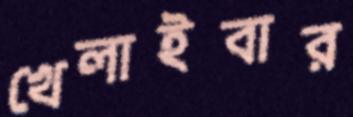
খেলাইবার